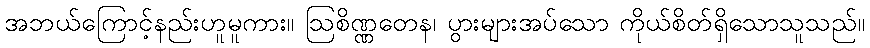
အဘယ်ကြောင့်နည်းဟူမူကား။ ဩစိဏ္ဏတေန၊ ပွားများအပ်သော ကိုယ်စိတ်ရှိသောသူသည်။